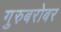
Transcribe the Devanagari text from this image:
गुरुबरोबर